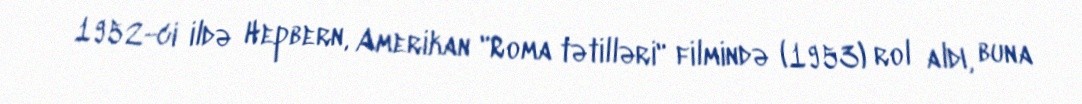
1952-ci ildə Hepbern, Amerikan "Roma tətilləri" filmində (1953) rol aldı, buna